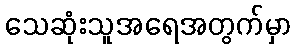
သေဆုံးသူအရေအတွက်မှာ